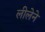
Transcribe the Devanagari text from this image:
लीलेने